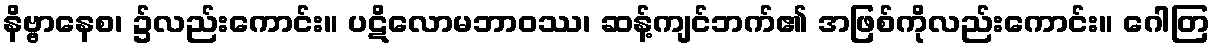
နိဗ္ဗာနေစ၊ ၌လည်းကောင်း။ ပဋိလောမဘာဝဿ၊ ဆန့်ကျင်ဘက်၏ အဖြစ်ကိုလည်းကောင်း။ ဂေါတြ